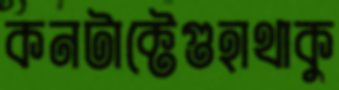
কনটাক্টেগুহাথাকু